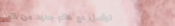
تواصل مع عالم جديد من الم